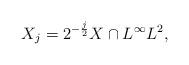
LaTeX: \begin{align*}X_j = 2^{-\frac{j}2} X \cap L^\infty L^2,\end{align*}